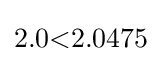
2.0{<}2.0475